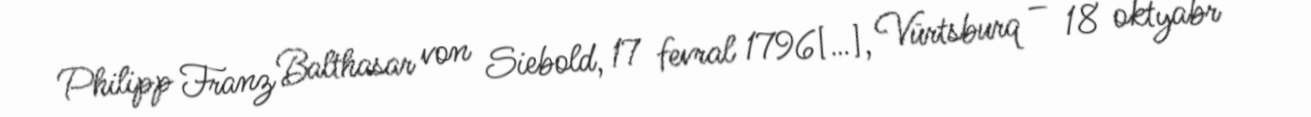
Philipp Franz Balthasar von Siebold, 17 fevral 1796[…], Vürtsburq – 18 oktyabr